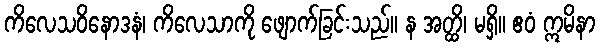
ကိလေသဝိနောဒနံ၊ ကိလေသာကို ဖျောက်ခြင်းသည်။ န အတ္ထိ၊ မရှိ။ ဧဝံ ဣမိနာ